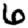
Digit: 6